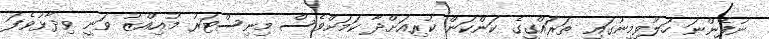
ނުފެންނަ ހަލުވިމިނުގައި ތަަރައްގީގެ ކަންކަން ކުރިއަށްދާ ކަމަށްވެސް މިނިސްޓަރު މުއިއްޒު ވަނީ ވިދާޅުވެފަ